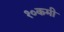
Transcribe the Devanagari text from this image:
१०कमी